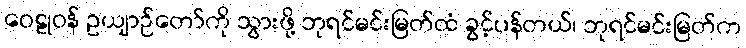
ဝေဠုဝန် ဥယျာဉ်တော်ကို သွားဖို့ ဘုရင်မင်းမြတ်ထံ ခွင့်ပန်တယ်၊ ဘုရင်မင်းမြတ်က